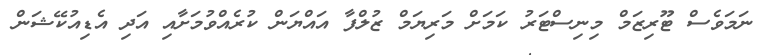
ނަމަވެސް ޓޫރިޒަމް މިނިސްޓަރު ކަމަށް މަރިޔަމް ޒުލްފާ އައްޔަން ކުރެއްވުމަށާއި އަދި އެޑިއުކޭޝަން